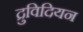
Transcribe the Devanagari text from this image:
द्रुविदियन